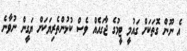
އެ ނޫން ގޮތަކަށް ގައުމީ ޓީމުގެ ޖާގައެއް ވެސް ކުޅުންތެރިޔަކަށް ޔަގީން ނުވާނެ